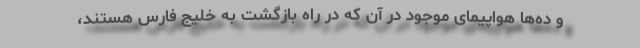
و ده‌ها هواپیمای موجود در آن که در راه بازگشت به خلیج فارس هستند،